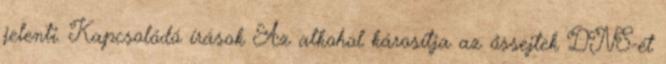
jelenti. Kapcsolódó írások Az alkohol károsítja az őssejtek DNS-ét